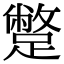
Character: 蹩